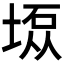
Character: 𫮇